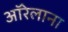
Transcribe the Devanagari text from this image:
ऑरेलाना